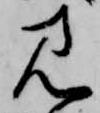
見